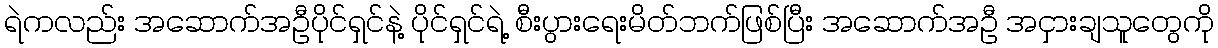
ရဲကလည်း အဆောက်အဦပိုင်ရှင်နဲ့ ပိုင်ရှင်ရဲ့ စီးပွားရေးမိတ်ဘက်ဖြစ်ပြီး အဆောက်အဦ အငှားချသူတွေကို